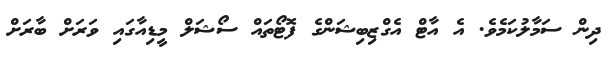
ދިން ސަމާލުކަމެވެ. އެ އާޓް އެގްޒިބިޝަންގެ ފޮޓޯތައް ސޯޝަލް މީޑިއާގައި ވަރަށް ބާރަށް